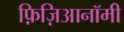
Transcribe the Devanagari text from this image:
फ़िज़िआनॉमी